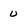
Character: u